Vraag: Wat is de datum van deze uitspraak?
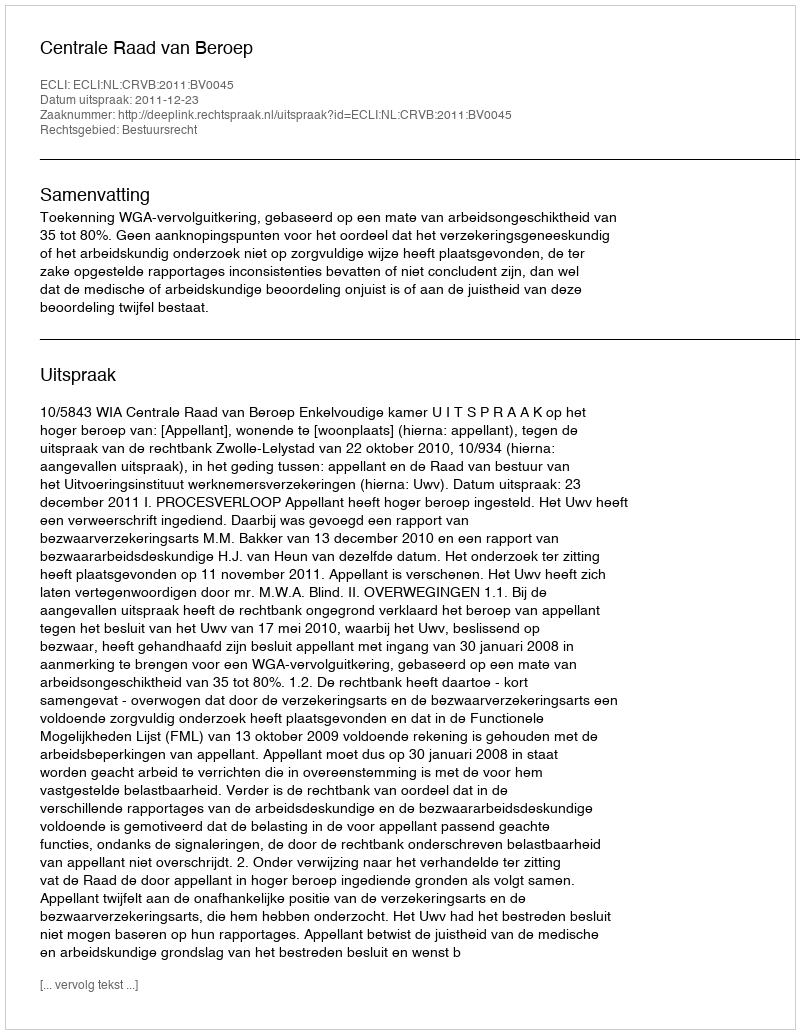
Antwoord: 2011-12-23